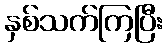
နှစ်သက်ကြပြီး